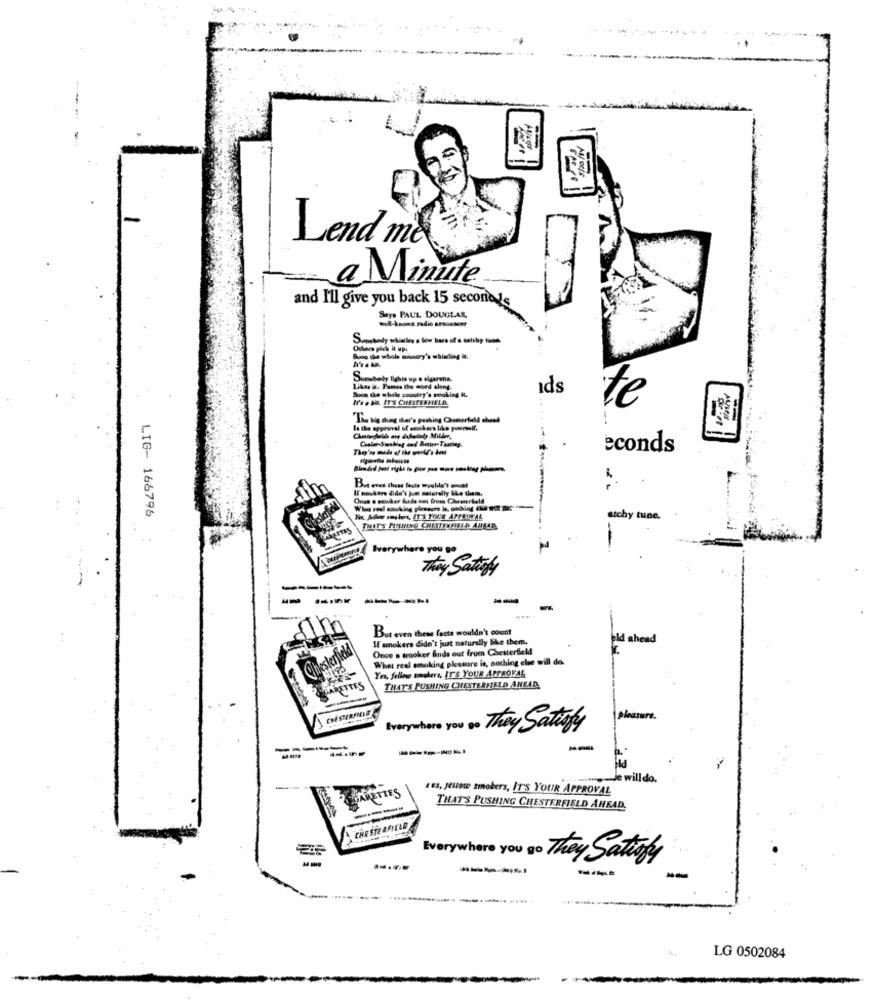
.......
Lend me
a Minute
and I'll give you back 15 seconds
ecl-knona radio arsosseer
Says PAUL DOUGLAS,
Others pick it up:
Suog the whole anmery's whichog k.
Somebody Ilehrs up e elgarens.
Soon the whole country's smoking it.
ids
I's . M. IT'S CHESTERFIELD
te
la the approval of smokers like youeresif.
econds
Once o schuker Kade dos from Chesterfield
LIG- 166796
Na Aw makers, IT'S YOUR APPROVAL
atchy tune.
THITS FISHING CHESTERFIELD AMBAR
Everywhere you go
They Satayy
------
But even these facts wouldn't count
If smokers didn't just naturally like them.
eld ahead
Once a smoker ands out from Chesterfield
Chesterficha
What real smoking pleasure is, nothing else will da
Yes, fellow smokers, IT'S YOUR APPROVAL
ARETTE
THAT'S PUSHING CHESTERFIELD AHEAD
CHESTERFIELD
pleasure.
Everywhere you so They Satisfy
------
----- Je will do.
OLGARETTES
LES, Jeitote smokers, IT'S YOUR APPROVAL
----
THAT'S PUSHING CHESTERFIELD AHEAD.
CHESTERFIELD
They Satisfy
----
-
.-....
LG 0502084